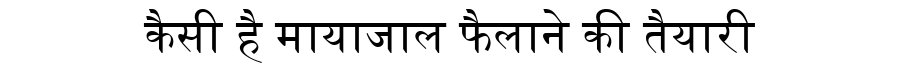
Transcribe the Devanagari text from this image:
कैसी है मायाजाल फैलाने की तैयारी